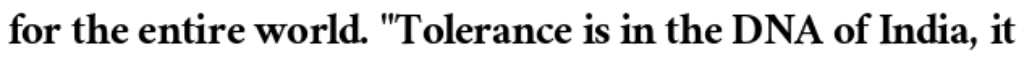
for the entire world. "Tolerance is in the DNA of India, it